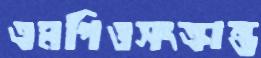
এমপিওসংক্রান্ত